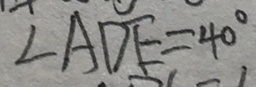
\angle A D F = 4 0 ^ { \circ }